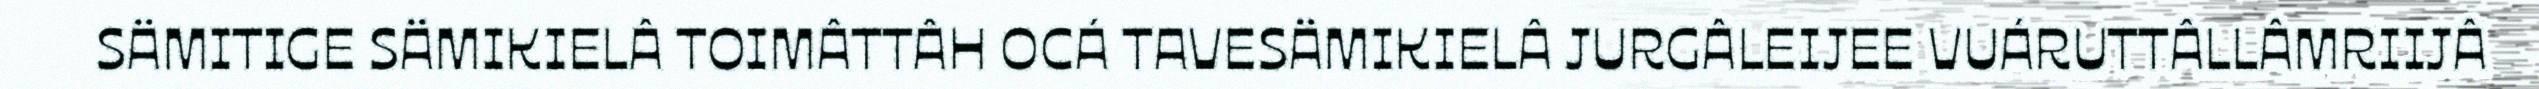
SÄMITIGE SÄMIKIELÂ TOIMÂTTÂH OCÁ TAVESÄMIKIELÂ JURGÂLEIJEE VUÁRUTTÂLLÂMRIIJÂ